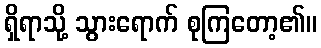
ရှိရာသို့ သွားရောက် စုကြတော့၏။